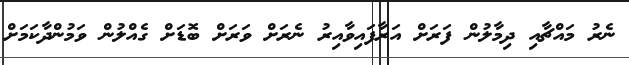
ނެރު މައްޗާއި ދިމާލުން ފަރަށް އަރާފައިވާއިރު ނެރަށް ވަރަށް ބޮޑަށް ގެއްލުން ވަމުންދާކަމަށް